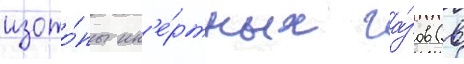
изото́пы ин'е́ртных га́зов (в